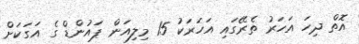
އޮތް ދިހަ އަހަރު ތެރޭގައި އަހަރަކު 15 މިލިއަން ޕައުންޑް ގެ އަގަކަށް